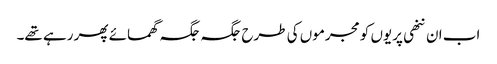
اب ان ننھی پریوں کو مجرموں کی طرح جگہ جگہ گھمائے پھر رہے تھے۔